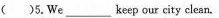
( )5.We ___ keep our city clean.